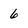
Character: 6